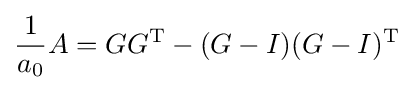
{\frac {1}{a_{0}}}A=GG^{\operatorname {T} }-(G-I)(G-I)^{\operatorname {T} }